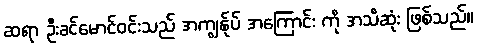
ဆရာ ဦးခင်မောင်ဝင်းသည် အကျွန်ုပ် အကြောင်း ကို အသိဆုံး ဖြစ်သည်။